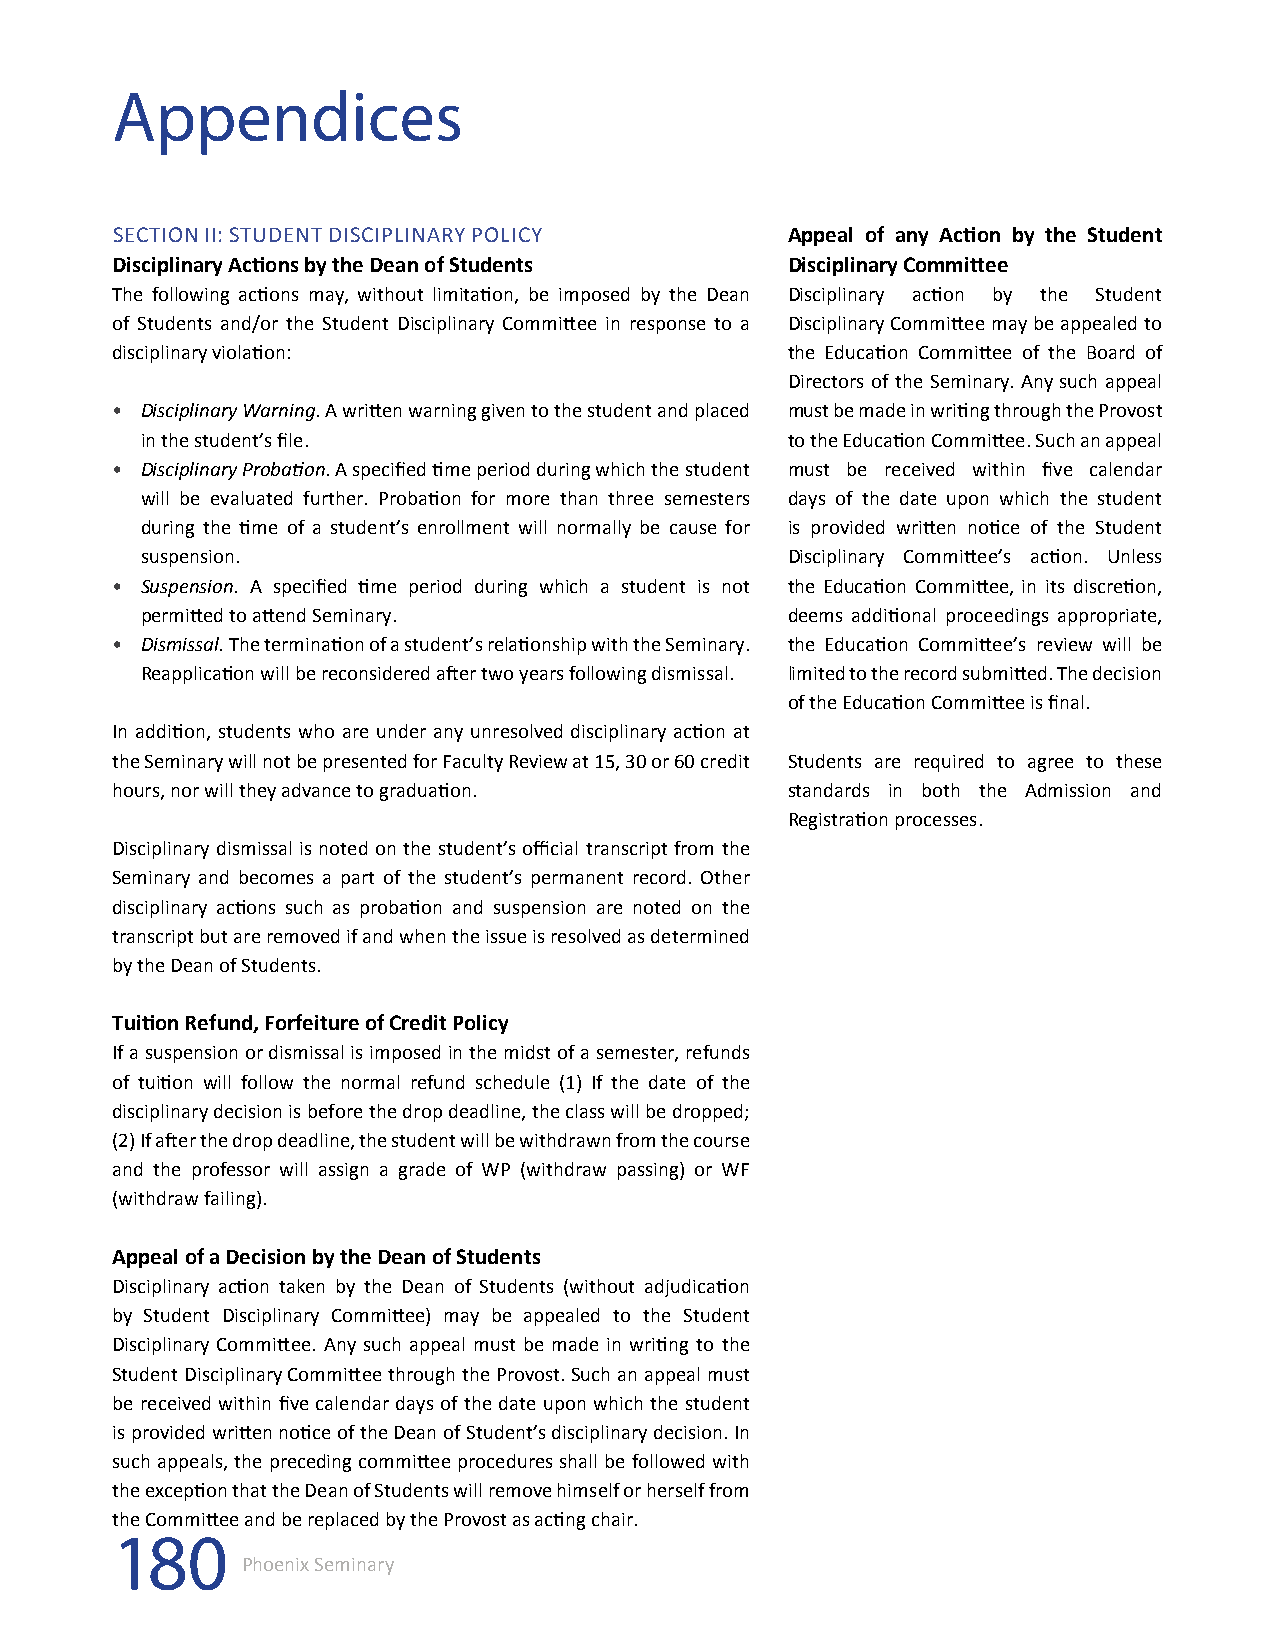
Appendices
 SECTION II: STUDENT DISCIPLINARY POLICY      Appeal of any Action by the Student
 Disciplinary Actions by the Dean of Students Disciplinary Committee
 The following actions may, without limitation, be imposed by the Dean Disciplinary action by the Student
 of Students and/or the Student Disciplinary Committee in response to a Disciplinary Committee may be appealed to
 disciplinary violation:                      the Education Committee of the Board of
 Directors of the Seminary. Any such appeal
 • Disciplinary Warning. A written warning given to the student and placed must be made in writing through the Provost
 in the student’s file.                     to the Education Committee. Such an appeal
 • Disciplinary Probation. A specified time period during which the student must be received within five calendar
 will be evaluated further. Probation for more than three semesters days of the date upon which the student
 during the time of a student’s enrollment will normally be cause for is provided written notice of the Student
 suspension.                                Disciplinary Committee’s action. Unless
 • Suspension. A specified time period during which a student is not the Education Committee, in its discretion,
 permitted to attend Seminary.              deems additional proceedings appropriate,
 • Dismissal. The termination of a student’s relationship with the Seminary. the Education Committee’s review will be
 Reapplication will be reconsidered after two years following dismissal. limited to the record submitted. The decision
 of the Education Committee is final.
 In addition, students who are under any unresolved disciplinary action at
 the Seminary will not be presented for Faculty Review at 15, 30 or 60 credit Students are required to agree to these
 hours, nor will they advance to graduation.  standards in both the Admission and
 Registration processes.
 Disciplinary dismissal is noted on the student’s official transcript from the
 Seminary and becomes a part of the student’s permanent record. Other
 disciplinary actions such as probation and suspension are noted on the
 transcript but are removed if and when the issue is resolved as determined
 by the Dean of Students.
 Tuition Refund, Forfeiture of Credit Policy
 If a suspension or dismissal is imposed in the midst of a semester, refunds
 of tuition will follow the normal refund schedule (1) If the date of the
 disciplinary decision is before the drop deadline, the class will be dropped;
 (2) If after the drop deadline, the student will be withdrawn from the course
 and the professor will assign a grade of WP (withdraw passing) or WF
 (withdraw failing).
 Appeal of a Decision by the Dean of Students
 Disciplinary action taken by the Dean of Students (without adjudication
 by Student Disciplinary Committee) may be appealed to the Student
 Disciplinary Committee. Any such appeal must be made in writing to the
 Student Disciplinary Committee through the Provost. Such an appeal must
 be received within five calendar days of the date upon which the student
 is provided written notice of the Dean of Student’s disciplinary decision. In
 such appeals, the preceding committee procedures shall be followed with
 the exception that the Dean of Students will remove himself or herself from
 the Committee and be replaced by the Provost as acting chair.
 180
 Phoenix Seminary